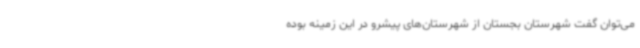
می‌توان گفت شهرستان بجستان از شهرستان‌های پیشرو در این زمینه بوده‌